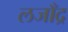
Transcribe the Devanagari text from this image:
लजाँद्र